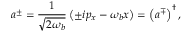
a ^ { \pm } = \frac { 1 } { \sqrt { 2 \omega _ { b } } } \left( \pm i p _ { x } - \omega _ { b } x \right) = \left( a ^ { \mp } \right) ^ { \dagger } ,